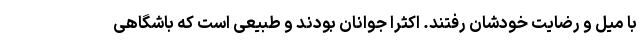
با میل و رضایت خودشان رفتند. اکثرا جوانان بودند و طبیعی است که باشگاهی